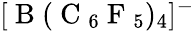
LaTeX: [\mathrm{~B~}(\mathrm{~C~}_{6}\mathrm{~F~}_{5})_{4}]^{-}